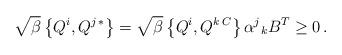
LaTeX: \begin{align*}\sqrt{\beta }\left\{Q^i, Q^{j\,*}\right\} = \sqrt{\beta }\left\{Q^i, Q^{k\,C}\right\} \alpha^j{}_k B^T \geq 0\,.\end{align*}